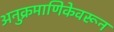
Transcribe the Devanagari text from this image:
अनुक्रमाणिकेवरून